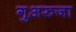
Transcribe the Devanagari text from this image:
गुअरुजा